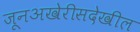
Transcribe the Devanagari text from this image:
जूनअखेरीसदेखील